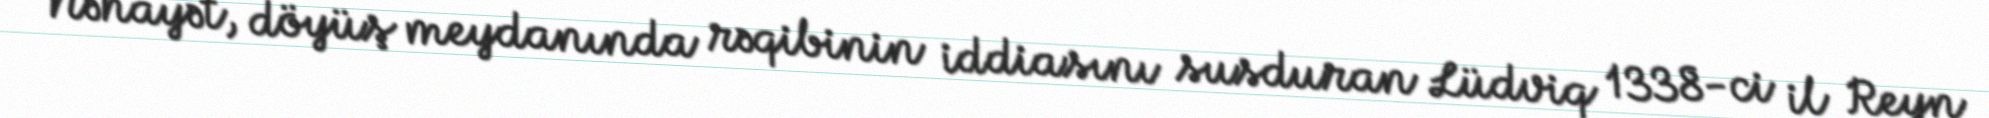
Nəhayət, döyüş meydanında rəqibinin iddiasını susduran Lüdviq 1338-ci il Reyn